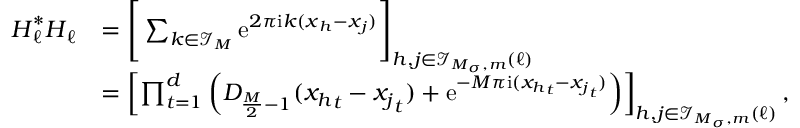
\begin{array} { r l } { \boldsymbol H _ { \boldsymbol \ell } ^ { * } \boldsymbol H _ { \boldsymbol \ell } } & { = \Bigg [ \sum _ { \boldsymbol k \in \mathcal I _ { \boldsymbol M } } \mathrm e ^ { 2 \pi \mathrm i \boldsymbol k ( \boldsymbol x _ { h } - \boldsymbol x _ { j } ) } \Bigg ] _ { h , j \in \mathcal I _ { \boldsymbol M _ { \boldsymbol \sigma } , m } ( \boldsymbol \ell ) } } \\ & { = \left[ \prod _ { t = 1 } ^ { d } \left( D _ { \frac { M } { 2 } - 1 } ( { x _ { h } } _ { t } - { x _ { j } } _ { t } ) + \mathrm e ^ { - M \pi \mathrm i ( { x _ { h } } _ { t } - { x _ { j } } _ { t } ) } \right) \right] _ { h , j \in \mathcal I _ { \boldsymbol M _ { \boldsymbol \sigma } , m } ( \boldsymbol \ell ) } , } \end{array}